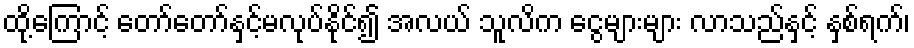
ထို့ကြောင့် တော်တော်နှင့်မလုပ်နိုင်၍ အလယ် သူလိက ငွေများများ လာသည်နှင့် နှစ်ရက်၊